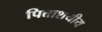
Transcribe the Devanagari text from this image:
पित्ताशयीय